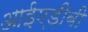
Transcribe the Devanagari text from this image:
आईएडीबी